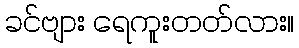
ခင်ဗျား ရေကူးတတ်လား။